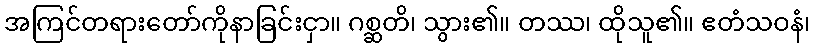
အကြင်တရားတော်ကိုနာခြင်းငှာ။ ဂစ္ဆတိ၊ သွား၏။ တဿ၊ ထိုသူ၏။ ဧတံသဝနံ၊